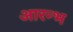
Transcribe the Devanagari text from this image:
आरन्भ